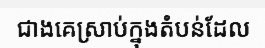
ជាងគេស្រាប់ក្នុងតំបន់ដែល